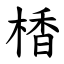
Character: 楿